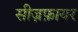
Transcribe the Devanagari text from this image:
सीज़फ़ायर